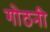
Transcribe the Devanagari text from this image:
गोठनी